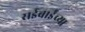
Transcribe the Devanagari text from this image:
सईबाईंच्या